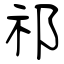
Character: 祁